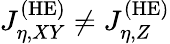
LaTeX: J_{\eta,XY}^{\mathrm{(HE)}}\neq J_{\eta,Z}^{\mathrm{(HE)}}